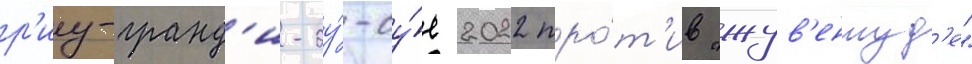
р'иу-гранд'и-ду́-су́л 2022 про́т'ив "жув'ентуд'е"